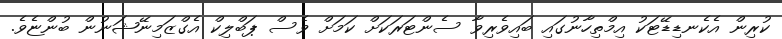
ކުރިން އެކެނޑިޑޭޓަކު އިމްތިހާނުގައި ބައިވެރިވާ ސެންޓަރަކަށް ކަމަށް ވެސް ޕަބްލިކް އެގްޒަމިނޭޝަނުން ބުންޏެވެ.